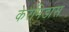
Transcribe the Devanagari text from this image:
केरैमिडास